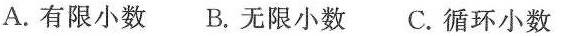
A.有限小数B.无限小数C.循环小数